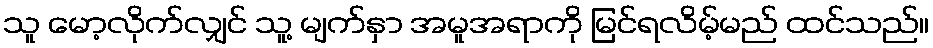
သူ မော့လိုက်လျှင် သူ့ မျက်နှာ အမူအရာကို မြင်ရလိမ့်မည် ထင်သည်။